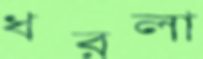
ধরলা